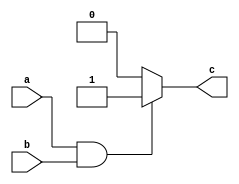
module and_bl(a, b, c);
input a, b;
output c;
reg c;

always@(a or b or c)
begin
	if(a==1'b1 && b==1'b1)
		c = 1'b1;
	else
		c = 1'b0;
end
endmodule

module and1_tb;

reg a, b;
wire c;

and_bl i(a, b, c);

initial
begin
	a=1'b0;
	b=1'b0;
	$monitor("Time:%0t a=%b b=%b c=%b",$time, a, b, c);
	#5 a=1'b0; b=1'b0;
	#5 a=1'b0; b=1'b1;
	#5 a=1'b1; b=1'b0;
	#5 a=1'b1; b=1'b1;
end
endmodule